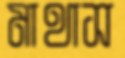
মাথাস